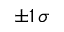
\pm 1 \, \sigma